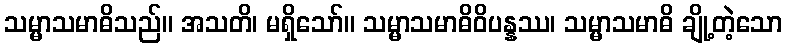
သမ္မာသမာဓိသည်။ အသတိ၊ မရှိသော်။ သမ္မာသမာဓိဝိပန္နဿ၊ သမ္မာသမာဓိ ချို့တဲ့သော